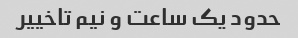
حدود یک ساعت و نیم تاخییر